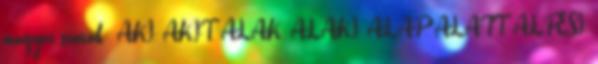
magyar szavak: AKI, AKIT, ALAK, ALAKI, ALAP, ALATT, ALPESI,